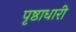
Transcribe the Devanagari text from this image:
पृष्ठाधारी